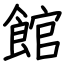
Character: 館